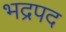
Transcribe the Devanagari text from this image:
भद्रपद